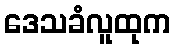
ဒေသခံလူထုက